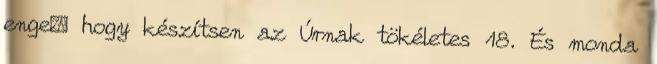
enge− hogy készítsen az Úrnak tökéletes 18. És monda